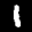
Label: 1